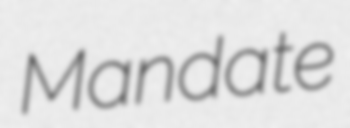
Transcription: Mandate